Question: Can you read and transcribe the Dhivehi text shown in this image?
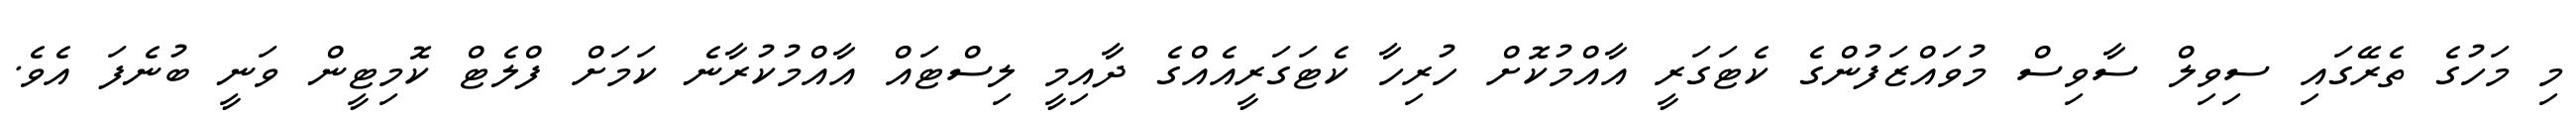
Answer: މި މަހުގެ ތެރޭގައި ސިވިލް ސާވިސް މުވައްޒަފުންގެ ކެޓަގަރީ އާއްމުކޮށް ހުރިހާ ކެޓަގަރީއެއްގެ ދާއިމީ ލިސްޓައް އާއްމުކުރާނެ ކަމަށް ފްލެޓް ކޮމިޓީން ވަނީ ބުނެފަ އެވެ.